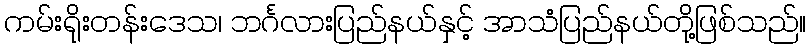
ကမ်းရိုးတန်းဒေသ၊ ဘင်္ဂလားပြည်နယ်နှင့် အာသံပြည်နယ်တို့ဖြစ်သည်။